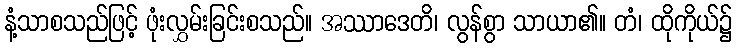
နံ့သာစသည်ဖြင့် ဖုံးလွှမ်းခြင်းစသည်။ အဿာဒေတိ၊ လွန်စွာ သာယာ၏။ တံ၊ ထိုကိုယ်၌